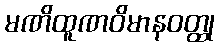
မဏိထူဏဝိမာနဝတ္ထု